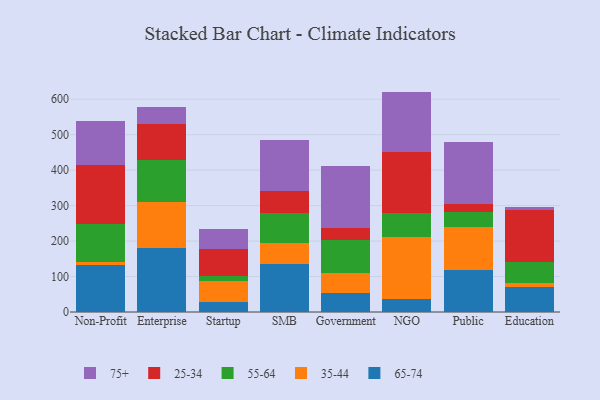
{"axis": {"x": "Segment", "y": "Operating Costs (USD K)"}, "legend": ["25-34", "35-44", "55-64", "65-74", "75+"], "data": [{"x": "Non-Profit", "y": 133.1, "type": "65-74"}, {"x": "Non-Profit", "y": 7.4, "type": "35-44"}, {"x": "Non-Profit", "y": 107.0, "type": "55-64"}, {"x": "Non-Profit", "y": 166.9, "type": "25-34"}, {"x": "Non-Profit", "y": 125.3, "type": "75+"}, {"x": "Enterprise", "y": 179.1, "type": "65-74"}, {"x": "Enterprise", "y": 129.8, "type": "35-44"}, {"x": "Enterprise", "y": 120.1, "type": "55-64"}, {"x": "Enterprise", "y": 101.7, "type": "25-34"}, {"x": "Enterprise", "y": 47.0, "type": "75+"}, {"x": "Startup", "y": 27.1, "type": "65-74"}, {"x": "Startup", "y": 61.4, "type": "35-44"}, {"x": "Startup", "y": 13.7, "type": "55-64"}, {"x": "Startup", "y": 74.2, "type": "25-34"}, {"x": "Startup", "y": 56.6, "type": "75+"}, {"x": "SMB", "y": 134.3, "type": "65-74"}, {"x": "SMB", "y": 60.9, "type": "35-44"}, {"x": "SMB", "y": 84.6, "type": "55-64"}, {"x": "SMB", "y": 62.1, "type": "25-34"}, {"x": "SMB", "y": 143.9, "type": "75+"}, {"x": "Government", "y": 53.3, "type": "65-74"}, {"x": "Government", "y": 56.7, "type": "35-44"}, {"x": "Government", "y": 93.1, "type": "55-64"}, {"x": "Government", "y": 33.6, "type": "25-34"}, {"x": "Government", "y": 174.0, "type": "75+"}, {"x": "NGO", "y": 35.9, "type": "65-74"}, {"x": "NGO", "y": 174.2, "type": "35-44"}, {"x": "NGO", "y": 70.4, "type": "55-64"}, {"x": "NGO", "y": 170.8, "type": "25-34"}, {"x": "NGO", "y": 170.2, "type": "75+"}, {"x": "Public", "y": 118.1, "type": "65-74"}, {"x": "Public", "y": 122.0, "type": "35-44"}, {"x": "Public", "y": 41.8, "type": "55-64"}, {"x": "Public", "y": 21.8, "type": "25-34"}, {"x": "Public", "y": 174.9, "type": "75+"}, {"x": "Education", "y": 70.6, "type": "65-74"}, {"x": "Education", "y": 11.5, "type": "35-44"}, {"x": "Education", "y": 59.9, "type": "55-64"}, {"x": "Education", "y": 145.0, "type": "25-34"}, {"x": "Education", "y": 7.8, "type": "75+"}]}